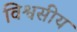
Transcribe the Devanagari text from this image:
विश्वसीय